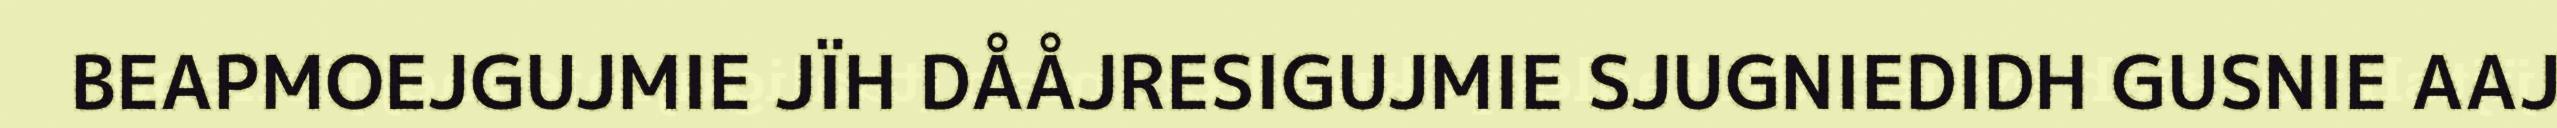
BEAPMOEJGUJMIE JÏH DÅÅJRESIGUJMIE SJUGNIEDIDH GUSNIE AAJ